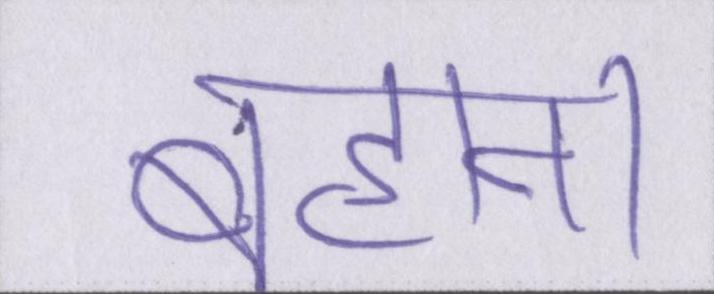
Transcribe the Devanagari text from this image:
बहाना